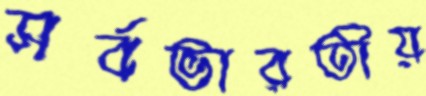
সর্বভারতীয়